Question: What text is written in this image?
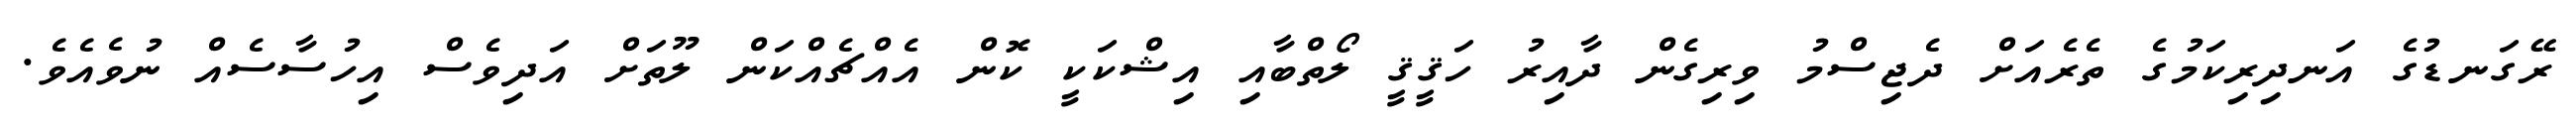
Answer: ރޭގަނޑުގެ އަނދިރިކަމުގެ ތެރެއަށް ދެޖިސްމު ވިރިގެން ދާއިރު ހަޤީޤީ ލޯތްބާއި އިޝްކަކީ ކޮން އެއްޗެއްކަން ލޫތަށް އަދިވެސް އިހުސާސެއް ނުވެއެވެ.